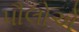
પૌલોએ